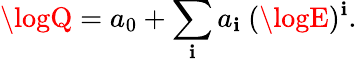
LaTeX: \logQ=a_{0}+\sum_{\mathbf{i}}a_{\mathbf{i}}~(\logE)^{\mathbf{i}}.